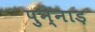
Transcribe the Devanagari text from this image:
पुन्नाड़